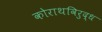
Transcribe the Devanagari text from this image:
कोराथविरुद्ध